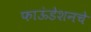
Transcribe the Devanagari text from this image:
फाऊंडेशनचे